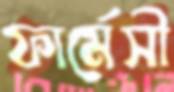
ফার্মেসী